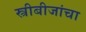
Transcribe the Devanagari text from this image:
स्त्रीबीजांचा